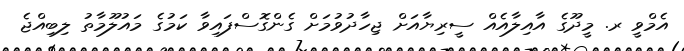
އެމްވީ ރ. މީދޫގެ އާއިލާއެއް ސީރިޔާއަށް ޖިހާދުވުމަށް ގެންގޮސްފައިވާ ކަމުގެ މައުލޫމާތު ލިބިއްޖެ